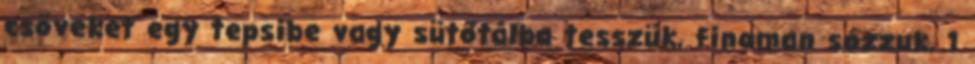
csöveket egy tepsibe vagy sütőtálba tesszük, finoman sózzuk, 1